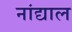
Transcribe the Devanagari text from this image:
नांद्याल